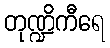
တုဏ္ဍိကီရေ